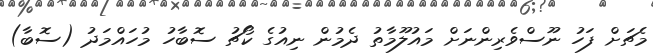
މެޗަށް ފަހު ނޫސްވެރިންނަށް މައުލޫމާތު ދެމުން ނިއުގެ ކޯޗު ސޮބާހު މުހައްމަދު (ސޮބާ)